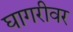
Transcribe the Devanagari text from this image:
घागरीवर